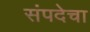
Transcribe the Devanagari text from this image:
संपदेचा